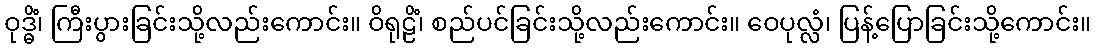
ဝုဒ္ဓိံ၊ ကြီးပွားခြင်းသို့လည်းကောင်း။ ဝိရုဠိံ၊ စည်ပင်ခြင်းသို့လည်းကောင်း။ ဝေပုလ္လံ၊ ပြန့်ပြောခြင်းသို့ကောင်း။